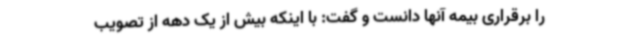
را برقراری بیمه آنها دانست و گفت: با اینکه بیش از یک دهه از تصویب